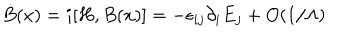
\dot { B } ( x ) = i [ H , B ( x ) ] = - \epsilon _ { i j } \partial _ { i } E _ { j } + O ( 1 / \Lambda )